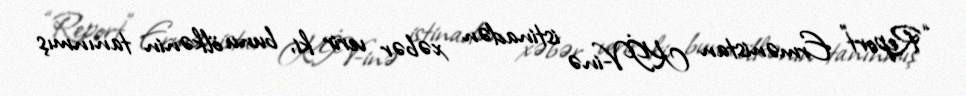
“Report” Ermənistan KİV-inə istinadən xəbər verir ki, bunu ölkənin tanınmış